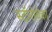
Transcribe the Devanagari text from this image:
स्टॉरोथेका